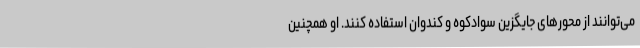
می‌توانند از محور‌های جایگزین سوادکوه و کندوان استفاده کنند. او همچنین